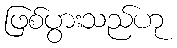
ဖြစ်ပွားသည်ဟု